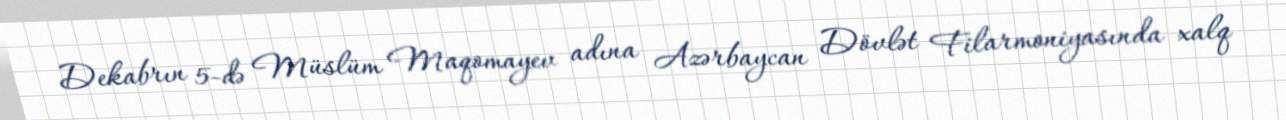
Dekabrın 5-də Müslüm Maqomayev adına Azərbaycan Dövlət Filarmoniyasında xalq